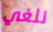
نلغي